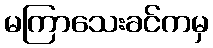
မကြာသေးခင်ကမှ